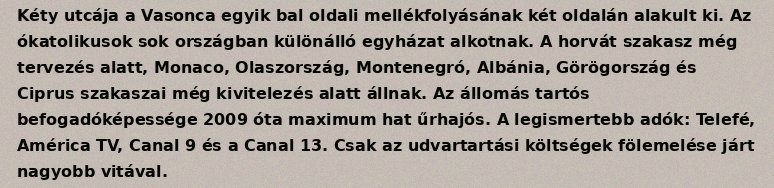
Kéty utcája a Vasonca egyik bal oldali mellékfolyásának két oldalán alakult ki. Az ókatolikusok sok országban különálló egyházat alkotnak. A horvát szakasz még tervezés alatt, Monaco, Olaszország, Montenegró, Albánia, Görögország és Ciprus szakaszai még kivitelezés alatt állnak. Az állomás tartós befogadóképessége 2009 óta maximum hat űrhajós. A legismertebb adók: Telefé, América TV, Canal 9 és a Canal 13. Csak az udvartartási költségek fölemelése járt nagyobb vitával.